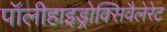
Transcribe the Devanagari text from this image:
पॉलीहाइड्रोक्सिवैलेरेट